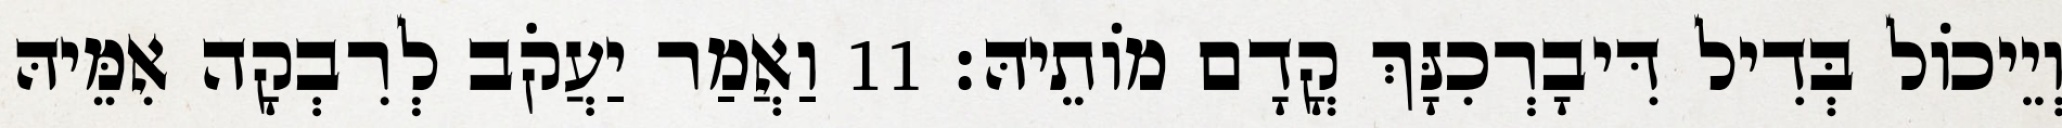
וְיֵיכוֹל בְּדִיל דִּיבָרְכִנָּךְ קֳדָם מוֹתֵיהּ׃ 11 וַאֲמַר יַעֲקֹב לְרִבְקָה אִמֵּיהּ